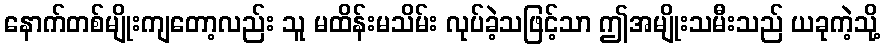
နောက်တစ်မျိုးကျတော့လည်း သူ မထိန်းမသိမ်း လုပ်ခဲ့သဖြင့်သာ ဤအမျိုးသမီးသည် ယခုကဲ့သို့